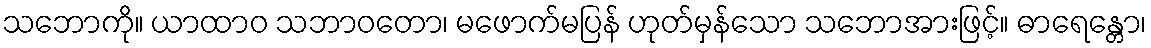
သဘောကို။ ယာထာဝ သဘာဝတော၊ မဖောက်မပြန် ဟုတ်မှန်သော သဘောအားဖြင့်။ ဓာရေန္တော၊